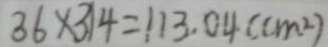
3 6 \times 3 1 4 = 1 1 3 . 0 4 ( c m ^ { 2 } )